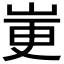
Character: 𫵼